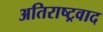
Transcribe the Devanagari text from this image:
अतिराष्ट्रवाद